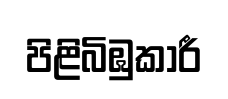
පිළිබිඹුකාරී